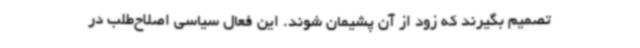
تصمیم بگیرند که زود از آن پشیمان شوند. این فعال سیاسی اصلاح‌طلب در